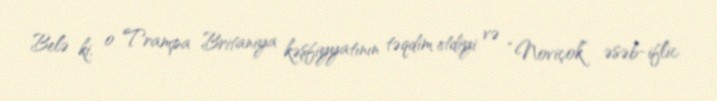
Belə ki, o Trampa Britaniya kəşfiyyatının təqdim etdiyi və “Noviçok” əsəb-iflic